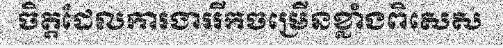
ចិត្តដែលការងាររីកចម្រើនខ្លាំងពិសេស